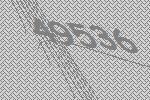
49536